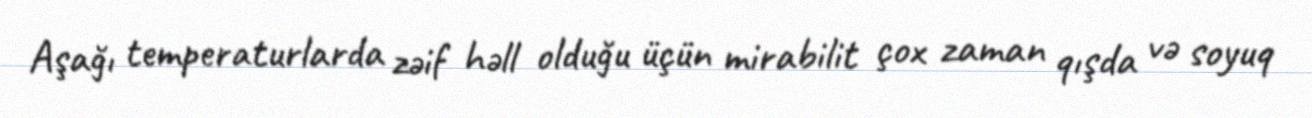
Aşağı temperaturlarda zəif həll olduğu üçün mirabilit çox zaman qışda və soyuq